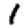
Digit: 1